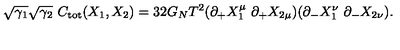
\sqrt { \gamma _ { 1 } } \sqrt { \gamma _ { 2 } } \ C _ { \mathrm { t o t } } ( X _ { 1 } , X _ { 2 } ) = 3 2 G _ { N } T ^ { 2 } ( \partial _ { + } X _ { 1 } ^ { \mu } \ \partial _ { + } X _ { 2 \mu } ) ( \partial _ { - } X _ { 1 } ^ { \nu } \ \partial _ { - } X _ { 2 \nu } ) .